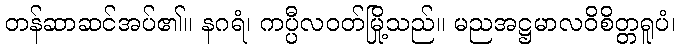
တန်ဆာဆင်အပ်၏။ နဂရံ၊ ကပ္ပီလဝတ်မြို့သည်။ မညအဋ္ဌမာလဝိစိတ္တရူပံ၊